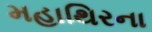
મહાથિરના